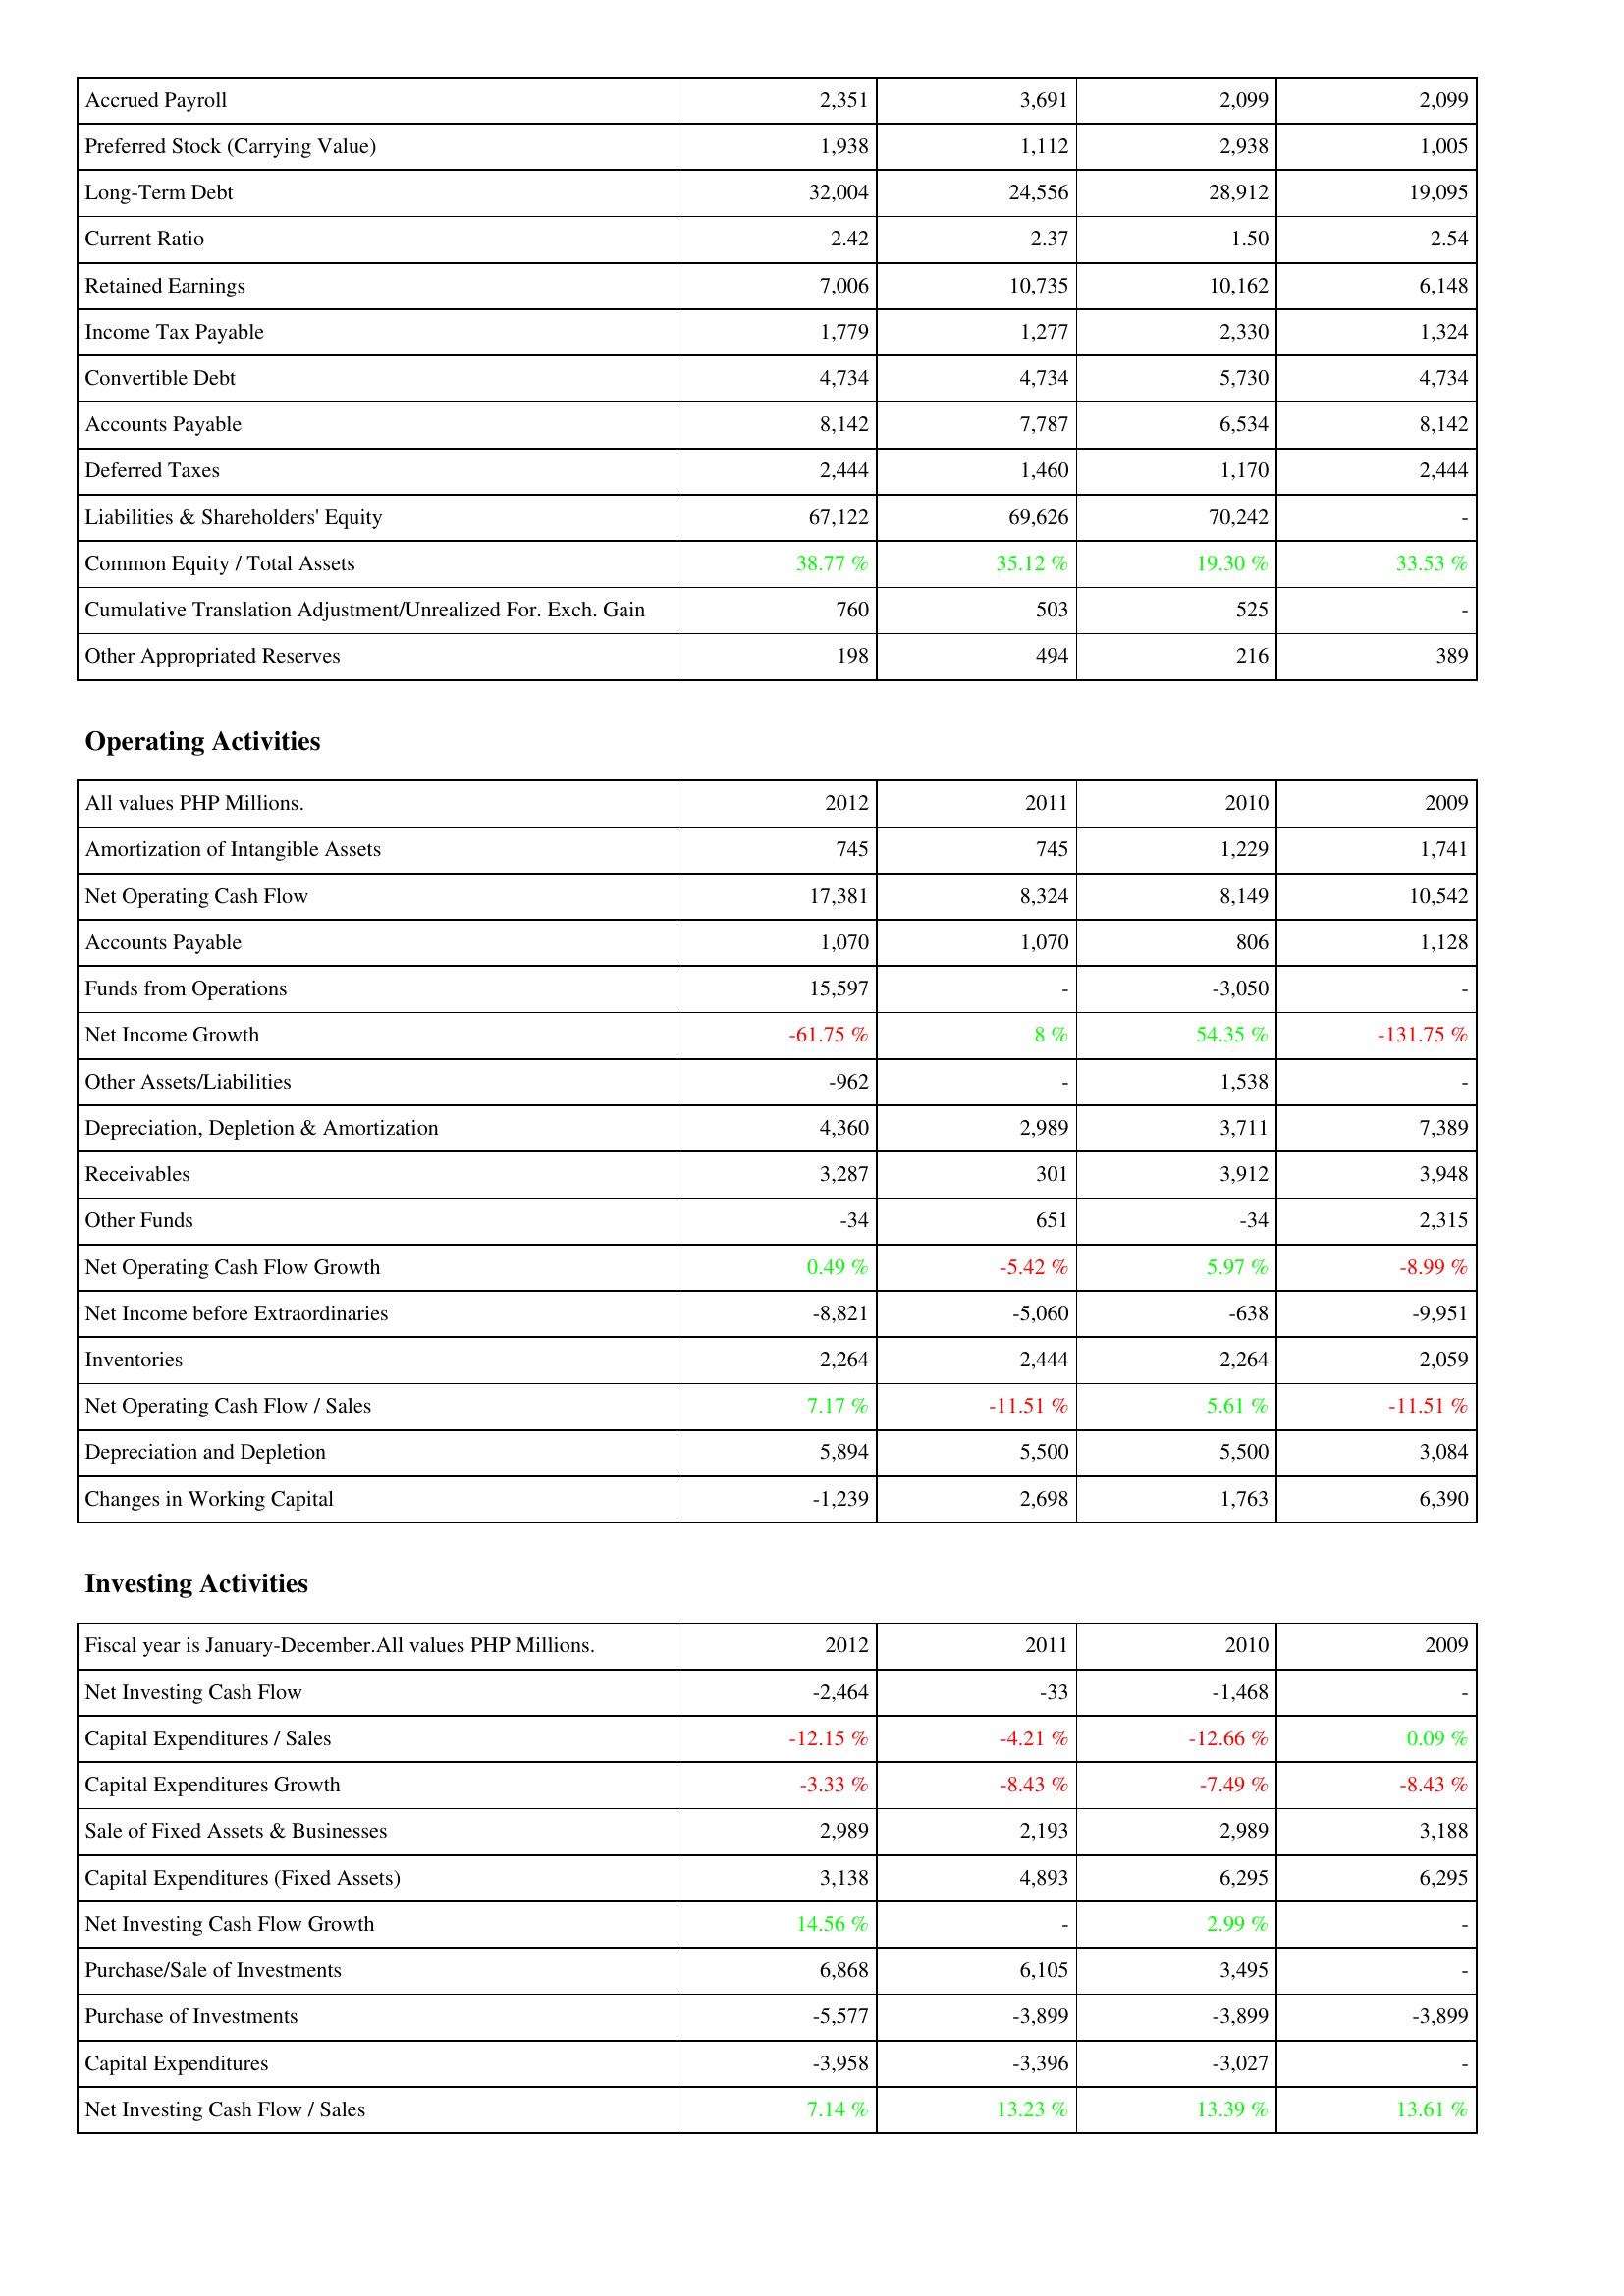
2012: Liabilities & Shareholders' Equity: Accrued Payroll: 2,351
Preferred Stock (Carrying Value): 1,938
Long-Term Debt: 32,004
Current Ratio: 2.42
Retained Earnings: 7,006
Income Tax Payable: 1,779
Convertible Debt: 4,734
Accounts Payable: 8,142
Deferred Taxes: 2,444
Liabilities & Shareholders' Equity: 67,122
Common Equity / Total Assets: 38.77 %
Cumulative Translation Adjustment/Unrealized For. Exch. Gain: 760
Other Appropriated Reserves: 198
Operating Activities: Amortization of Intangible Assets: 745
Net Operating Cash Flow: 17,381
Accounts Payable: 1,070
Funds from Operations: 15,597
Net Income Growth: -61.75 %
Other Assets/Liabilities: -962
Depreciation, Depletion & Amortization: 4,360
Receivables: 3,287
Other Funds: -34
Net Operating Cash Flow Growth: 0.49 %
Net Income before Extraordinaries: -8,821
Inventories: 2,264
Net Operating Cash Flow / Sales: 7.17 %
Depreciation and Depletion: 5,894
Changes in Working Capital: -1,239
Investing Activities: Net Investing Cash Flow: -2,464
Capital Expenditures / Sales: -12.15 %
Capital Expenditures Growth: -3.33 %
Sale of Fixed Assets & Businesses: 2,989
Capital Expenditures (Fixed Assets): 3,138
Net Investing Cash Flow Growth: 14.56 %
Purchase/Sale of Investments: 6,868
Purchase of Investments: -5,577
Capital Expenditures: -3,958
Net Investing Cash Flow / Sales: 7.14 %
2011: Liabilities & Shareholders' Equity: Accrued Payroll: 3,691
Preferred Stock (Carrying Value): 1,112
Long-Term Debt: 24,556
Current Ratio: 2.37
Retained Earnings: 10,735
Income Tax Payable: 1,277
Convertible Debt: 4,734
Accounts Payable: 7,787
Deferred Taxes: 1,460
Liabilities & Shareholders' Equity: 69,626
Common Equity / Total Assets: 35.12 %
Cumulative Translation Adjustment/Unrealized For. Exch. Gain: 503
Other Appropriated Reserves: 494
Operating Activities: Amortization of Intangible Assets: 745
Net Operating Cash Flow: 8,324
Accounts Payable: 1,070
Funds from Operations: -
Net Income Growth: 8 %
Other Assets/Liabilities: -
Depreciation, Depletion & Amortization: 2,989
Receivables: 301
Other Funds: 651
Net Operating Cash Flow Growth: -5.42 %
Net Income before Extraordinaries: -5,060
Inventories: 2,444
Net Operating Cash Flow / Sales: -11.51 %
Depreciation and Depletion: 5,500
Changes in Working Capital: 2,698
Investing Activities: Net Investing Cash Flow: -33
Capital Expenditures / Sales: -4.21 %
Capital Expenditures Growth: -8.43 %
Sale of Fixed Assets & Businesses: 2,193
Capital Expenditures (Fixed Assets): 4,893
Net Investing Cash Flow Growth: -
Purchase/Sale of Investments: 6,105
Purchase of Investments: -3,899
Capital Expenditures: -3,396
Net Investing Cash Flow / Sales: 13.23 %
2010: Liabilities & Shareholders' Equity: Accrued Payroll: 2,099
Preferred Stock (Carrying Value): 2,938
Long-Term Debt: 28,912
Current Ratio: 1.50
Retained Earnings: 10,162
Income Tax Payable: 2,330
Convertible Debt: 5,730
Accounts Payable: 6,534
Deferred Taxes: 1,170
Liabilities & Shareholders' Equity: 70,242
Common Equity / Total Assets: 19.30 %
Cumulative Translation Adjustment/Unrealized For. Exch. Gain: 525
Other Appropriated Reserves: 216
Operating Activities: Amortization of Intangible Assets: 1,229
Net Operating Cash Flow: 8,149
Accounts Payable: 806
Funds from Operations: -3,050
Net Income Growth: 54.35 %
Other Assets/Liabilities: 1,538
Depreciation, Depletion & Amortization: 3,711
Receivables: 3,912
Other Funds: -34
Net Operating Cash Flow Growth: 5.97 %
Net Income before Extraordinaries: -638
Inventories: 2,264
Net Operating Cash Flow / Sales: 5.61 %
Depreciation and Depletion: 5,500
Changes in Working Capital: 1,763
Investing Activities: Net Investing Cash Flow: -1,468
Capital Expenditures / Sales: -12.66 %
Capital Expenditures Growth: -7.49 %
Sale of Fixed Assets & Businesses: 2,989
Capital Expenditures (Fixed Assets): 6,295
Net Investing Cash Flow Growth: 2.99 %
Purchase/Sale of Investments: 3,495
Purchase of Investments: -3,899
Capital Expenditures: -3,027
Net Investing Cash Flow / Sales: 13.39 %
2009: Liabilities & Shareholders' Equity: Accrued Payroll: 2,099
Preferred Stock (Carrying Value): 1,005
Long-Term Debt: 19,095
Current Ratio: 2.54
Retained Earnings: 6,148
Income Tax Payable: 1,324
Convertible Debt: 4,734
Accounts Payable: 8,142
Deferred Taxes: 2,444
Liabilities & Shareholders' Equity: -
Common Equity / Total Assets: 33.53 %
Cumulative Translation Adjustment/Unrealized For. Exch. Gain: -
Other Appropriated Reserves: 389
Operating Activities: Amortization of Intangible Assets: 1,741
Net Operating Cash Flow: 10,542
Accounts Payable: 1,128
Funds from Operations: -
Net Income Growth: -131.75 %
Other Assets/Liabilities: -
Depreciation, Depletion & Amortization: 7,389
Receivables: 3,948
Other Funds: 2,315
Net Operating Cash Flow Growth: -8.99 %
Net Income before Extraordinaries: -9,951
Inventories: 2,059
Net Operating Cash Flow / Sales: -11.51 %
Depreciation and Depletion: 3,084
Changes in Working Capital: 6,390
Investing Activities: Net Investing Cash Flow: -
Capital Expenditures / Sales: 0.09 %
Capital Expenditures Growth: -8.43 %
Sale of Fixed Assets & Businesses: 3,188
Capital Expenditures (Fixed Assets): 6,295
Net Investing Cash Flow Growth: -
Purchase/Sale of Investments: -
Purchase of Investments: -3,899
Capital Expenditures: -
Net Investing Cash Flow / Sales: 13.61 %